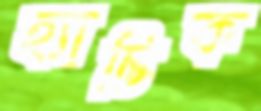
হ্যাচিক